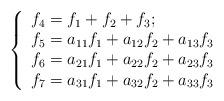
LaTeX: \begin{align*}\left \{\begin{array}{l}f_4 = f_1 + f_2 + f_3;\\f_5= a_{11}f_1 + a_{12}f_2 + a_{13}f_3\\f_6= a_{21}f_1 + a_{22}f_2 + a_{23}f_3\\f_7=a_{31}f_1 + a_{32}f_2 + a_{33}f_3 \end{array}\right.\end{align*}